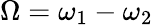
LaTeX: \Omega=\omega_{1}-\omega_{2}